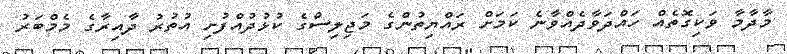
މާދާމާ ވަކިގޮތެއް ހައްދަވާދެއްވާނެ ކަމަށް ރައްޔިތުންގެ މަޖިލިސްގެ ކުޅުދުއްފުށި އުތުރު ދާއިރާގެ މެމްބަރު